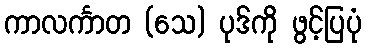
ကာလင်္ကာတ (သေ) ပုဒ်ကို ဖွင့်ပြပုံ